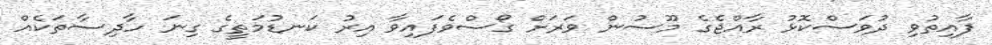
ފާއިތުވި ދުވަސްކޮޅު ރާއްޖެގެ މޫސުން ވަރަށް ގޯސްވެފައިވާ އިރު ކަނޑުމަތީގެ ގިނަ ހާދިސާތަކެއް